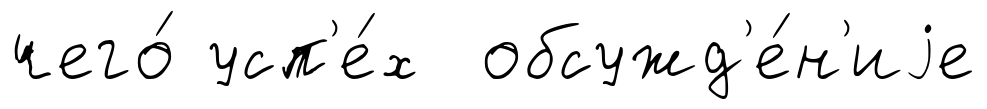
чего́ усп'е́х обсужд'е́н'иjе